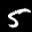
Label: 5